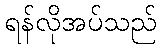
ရန်လိုအပ်သည်